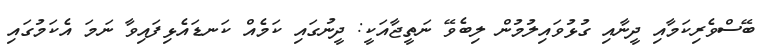
ބޭސްވެރިކަމާއި ދީނާއި ގުޅުވައިލުމުން ލިބެވޭ ނަތީޖާއަކީ: ދީނުގައި ކަމެއް ކަނޑައެޅިފައިވާ ނަމަ އެކަމުގައި